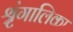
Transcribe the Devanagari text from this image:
श्रृंगालिका